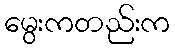
မွေးကတည်းက